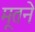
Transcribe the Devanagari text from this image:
मूतने